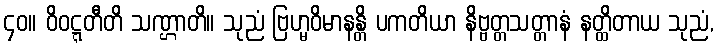
၄၀။ ဝိဝဋ္ဋတီတိ သဏ္ဌာတိ။ သုညံ ဗြဟ္မဝိမာနန္တိ ပကတိယာ နိဗ္ဗတ္တသတ္တာနံ နတ္ထိတာယ သုညံ,